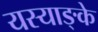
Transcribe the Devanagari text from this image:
यस्याङ्के